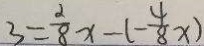
3 = \frac { 2 } { 8 } x - ( - \frac { 4 } { 8 } x )